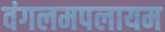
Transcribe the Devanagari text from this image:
वंगलमपलायम